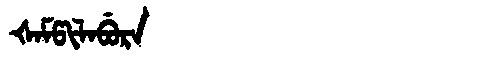
Manchu: ᡧᠠᠮᡦᡳᠯᠠᠪᡠᡵᠠ
Romanization: ŠAMPILABURA